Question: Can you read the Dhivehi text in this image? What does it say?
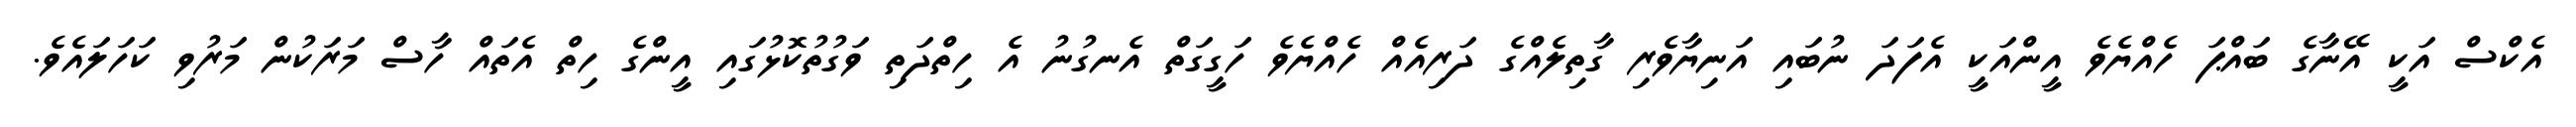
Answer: އެކްސް އަކީ އޭނާގެ ބައްޕަ ހެއްޔެވެ އީންއަކީ އެފަދަ ނުބައި އަނިޔާވެރި ގާތިލެއްގެ ދަރިއެއް ހެއްޔެވެ ހަގީގަތް އެނގުނު އެ ހިތްދަތި ވަގުތުކޮޅުގައި އީންގެ ހިތް އެތައް ހާސް މަރަކުން މަރުވި ކަހަލައެވެ.